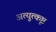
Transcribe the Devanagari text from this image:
अत्युुत्कृष्ट